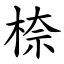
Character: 㮈